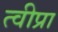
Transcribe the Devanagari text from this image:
त्वीप्रा